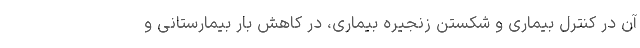
آن در کنترل بیماری و شکستن زنجیره بیماری، در کاهش بار بیمارستانی و